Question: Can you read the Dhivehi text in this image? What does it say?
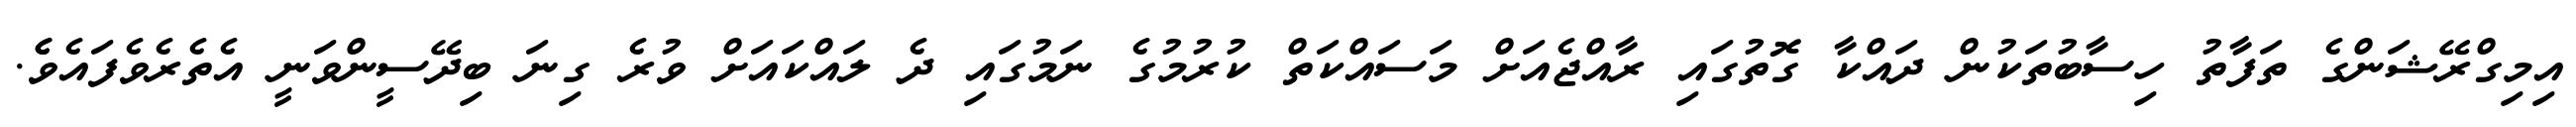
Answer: އިމިގްރޭޝަންގެ ތަފާތު ހިސާބުތަކުން ދައްކާ ގޮތުގައި ރާއްޖެއަށް މަސައްކަތް ކުރުމުގެ ނަމުގައި ދެ ލައްކައަށް ވުރެ ގިނަ ބިދޭސީންވަނީ އެތެރެވެފައެވެެ.